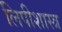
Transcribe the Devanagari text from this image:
लिपीशास्त्र